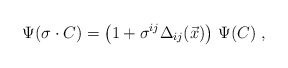
\begin{align*}\Psi (\sigma \cdot C)= \left(1+ \sigma^{ij}\Delta_{ij}(\vec{x})\right)\,\Psi (C)\;,\end{align*}